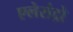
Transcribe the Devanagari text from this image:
एलेसंद्रो